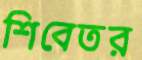
শিবেতর